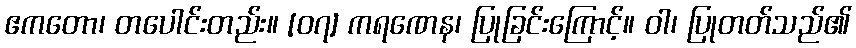
ဧကတော၊ တပေါင်းတည်း။ [၀၇] ကရဏေန၊ ပြုခြင်းကြောင့်။ ဝါ၊ ပြုတတ်သည်၏